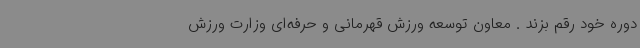
دوره خود رقم بزند . معاون توسعه ورزش قهرمانی و حرفه‌ای وزارت ورزش